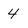
Character: 4